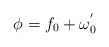
\begin{align*}\phi = f_0 + \omega ^{'}_0 \end{align*}